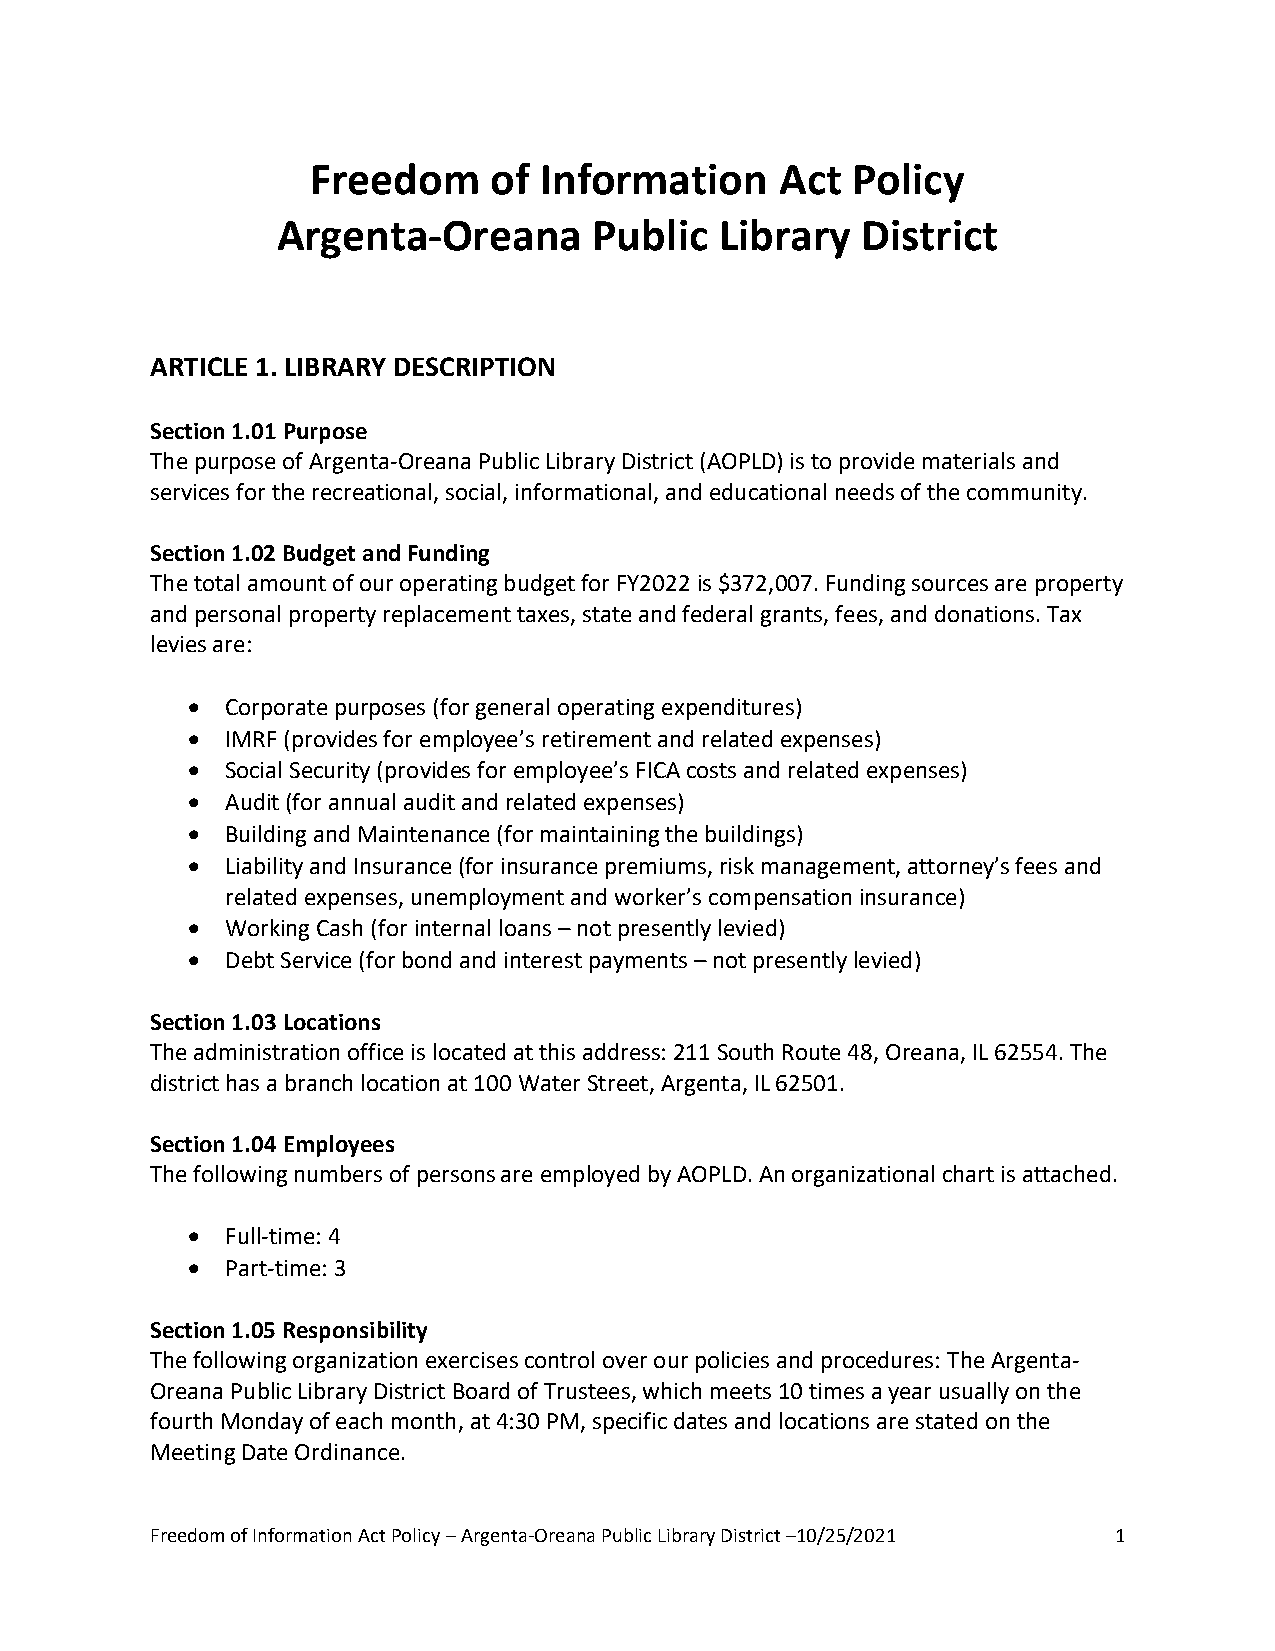
Freedom    of  Information     Act Policy
 Argenta-Oreana       Public   Library  District
 ARTICLE 1. LIBRARY DESCRIPTION
 Section 1.01 Purpose
 The purpose of Argenta-Oreana Public Library District (AOPLD) is to provide materials and
 services for the recreational, social, informational, and educational needs of the community.
 Section 1.02 Budget and Funding
 The total amount of our operating budget for FY2022 is $372,007. Funding sources are property
 and personal property replacement taxes, state and federal grants, fees, and donations. Tax
 levies are:
   Corporate purposes (for general operating expenditures)
   IMRF (provides for employee’s retirement and related expenses)
   Social Security (provides for employee’s FICA costs and related expenses)
   Audit (for annual audit and related expenses)
   Building and Maintenance (for maintaining the buildings)
   Liability and Insurance (for insurance premiums, risk management, attorney’s fees and
 related expenses, unemployment and worker’s compensation insurance)
   Working Cash (for internal loans – not presently levied)
   Debt Service (for bond and interest payments – not presently levied)
 Section 1.03 Locations
 The administration office is located at this address: 211 South Route 48, Oreana, IL 62554. The
 district has a branch location at 100 Water Street, Argenta, IL 62501.
 Section 1.04 Employees
 The following numbers of persons are employed by AOPLD. An organizational chart is attached.
   Full-time: 4
   Part-time: 3
 Section 1.05 Responsibility
 The following organization exercises control over our policies and procedures: The Argenta-
 Oreana Public Library District Board of Trustees, which meets 10 times a year usually on the
 fourth Monday of each month, at 4:30 PM, specific dates and locations are stated on the
 Meeting Date Ordinance.
 Freedom of Information Act Policy – Argenta-Oreana Public Library District –10/25/2021 1